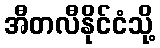
အီတလီနိုင်ငံသို့